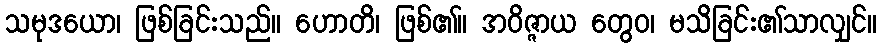
သမုဒယော၊ ဖြစ်ခြင်းသည်။ ဟောတိ၊ ဖြစ်၏။ အဝိဇ္ဇာယ တွေဝ၊ မသိခြင်း၏သာလျှင်။